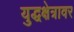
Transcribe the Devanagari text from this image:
युद्धक्षेत्रावर